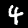
Digit: 4